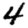
Digit: 4